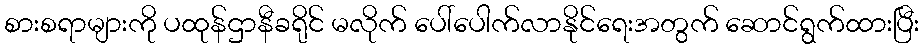
စားစရာများကို ပထုန်ဌာနီခရိုင် မလိုက် ပေါ်ပေါက်လာနိုင်ရေးအတွက် ဆောင်ရွက်ထားပြီး